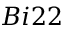
B i 2 2